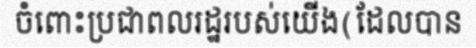
ចំពោះប្រជាពលរដ្ឋរបស់យើង(ដែលបាន